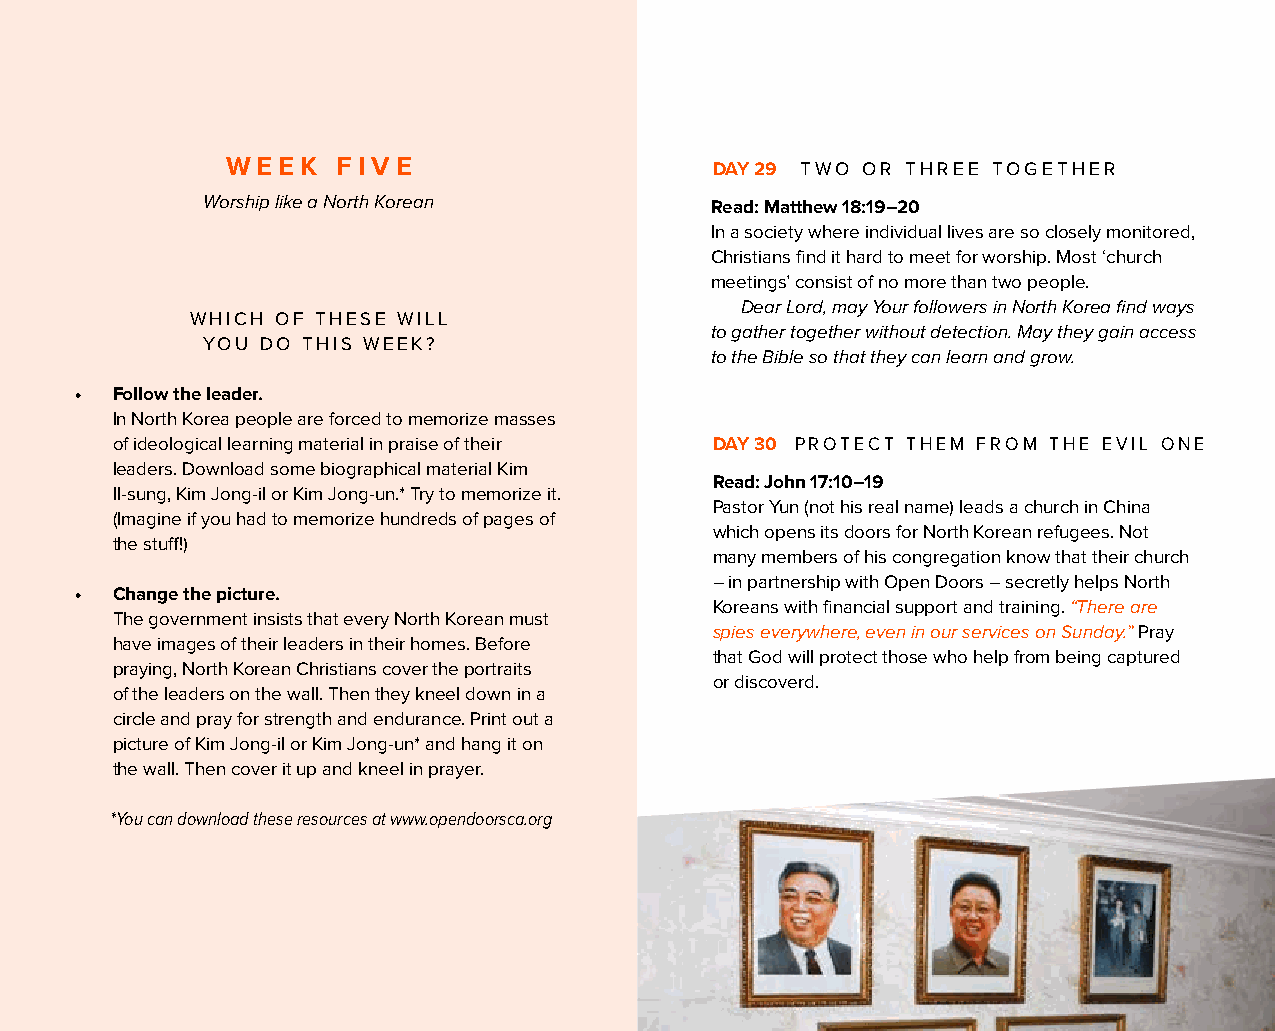
WEEK   FIVE                     DAY 29 TWO OR THREE TOGETHER
 Worship like a North Korean       Read: Matthew 18:19–20
 In a society where individual lives are so closely monitored,
 Christians find it hard to meet for worship. Most ‘church
 meetings’ consist of no more than two people.
 Dear Lord, may Your followers in North Korea find ways
 WHICH OF THESE WILL
 to gather together without detection. May they gain access
 YOU DO THIS WEEK?
 to the Bible so that they can learn and grow.
 • Follow the leader.
 In North Korea people are forced to memorize masses
 of ideological learning material in praise of their DAY 30 PROTECT THEM FROM THE EVIL ONE
 leaders. Download some biographical material Kim
 Read: John 17:10–19
 Il-sung, Kim Jong-il or Kim Jong-un.* Try to memorize it.
 Pastor Yun (not his real name) leads a church in China
 (Imagine if you had to memorize hundreds of pages of
 which opens its doors for North Korean refugees. Not
 the stuff!)
 many members of his congregation know that their church
 – in partnership with Open Doors – secretly helps North
 • Change the picture.
 Koreans with financial support and training. “There are
 The government insists that every North Korean must
 spies everywhere, even in our services on Sunday.” Pray
 have images of their leaders in their homes. Before
 that God will protect those who help from being captured
 praying, North Korean Christians cover the portraits
 or discoverd.
 of the leaders on the wall. Then they kneel down in a
 circle and pray for strength and endurance. Print out a
 picture of Kim Jong-il or Kim Jong-un* and hang it on
 the wall. Then cover it up and kneel in prayer.
 *You can download these resources at www.opendoorsca.org